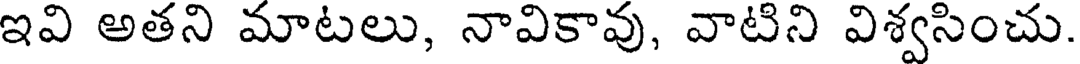
ఇవి అతని మాటలు, నావికావు, వాటిని విశ్వసించు.